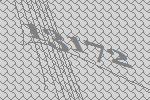
13172